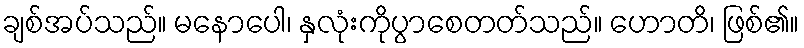
ချစ်အပ်သည်။ မနောပေါ၊ နှလုံးကိုပွာစေတတ်သည်။ ဟောတိ၊ ဖြစ်၏။